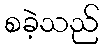
စခဲ့သည်